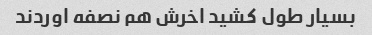
بسیار طول کشید اخرش هم نصفه اوردند